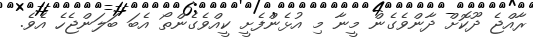
ރާއްޖެ ދޫކޮށް ދާންވެގެން މީނާ މި އުޅެންފެށީ ކީއްވެގެންތޯ އެބަ ބަލަންޖެހެ އެވެ.